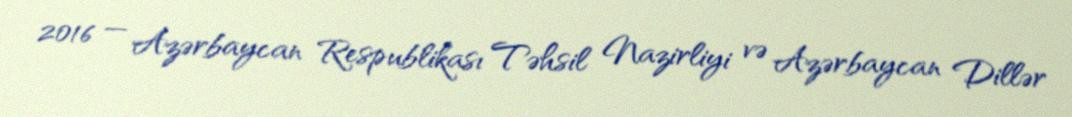
2016 — Azərbaycan Respublikası Təhsil Nazirliyi və Azərbaycan Dillər